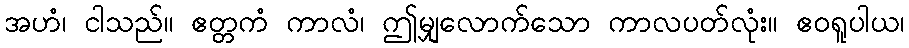
အဟံ၊ ငါသည်။ ဧတ္တကံ ကာလံ၊ ဤမျှလောက်သော ကာလပတ်လုံး။ ဧဝရူပါယ၊